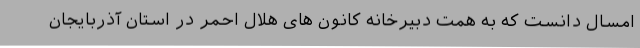
امسال دانست که به همت دبیرخانه کانون های هلال احمر در استان آذربایجان